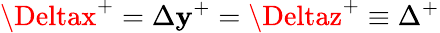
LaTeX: \Deltax^{+}=\Delta\mathbf{y}^{+}=\Deltaz^{+}\equiv\Delta^{+}